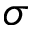
\boldsymbol { \sigma }